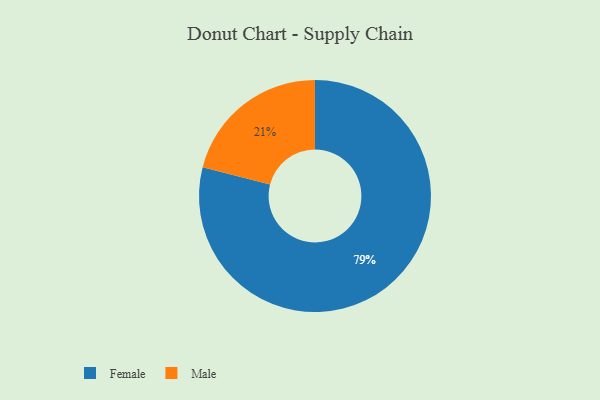
{"axis": {"x": "Category", "y": "Percentage"}, "legend": ["Female", "Male"], "data": [{"x": "Male", "y": 21, "type": "Male"}, {"x": "Female", "y": 79, "type": "Female"}]}